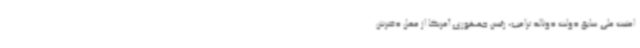
امنیت ملی سابق دولت دونالد ترامپ، رئیس جمهوری آمریکا از محل دفترش